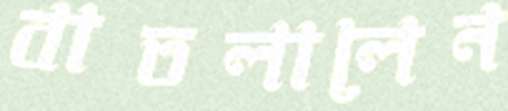
বাতলালেন